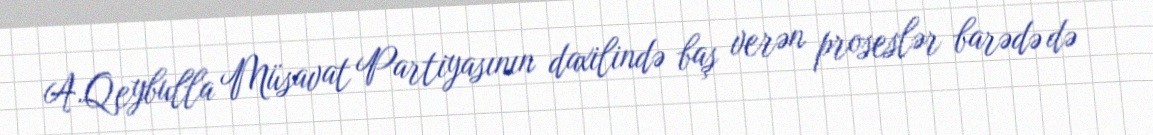
A.Qeybulla Müsavat Partiyasının daxilində baş verən proseslər barədə də